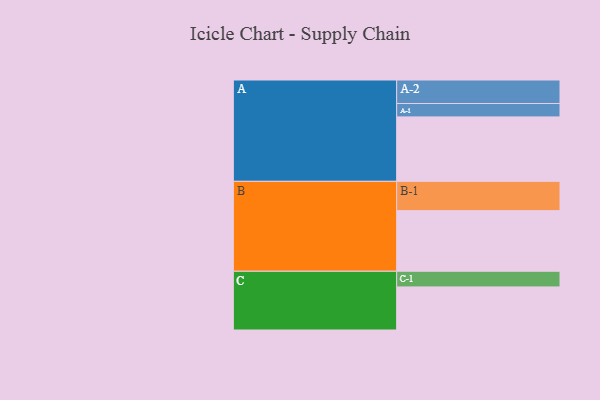
{"axis": {"x": "Segment", "y": "Value"}, "legend": ["", "A", "B", "C"], "data": [{"x": "A", "y": 543, "type": ""}, {"x": "B", "y": 511, "type": ""}, {"x": "C", "y": 363, "type": ""}, {"x": "A-1", "y": 113, "type": "A"}, {"x": "A-2", "y": 198, "type": "A"}, {"x": "B-1", "y": 247, "type": "B"}, {"x": "C-1", "y": 132, "type": "C"}]}